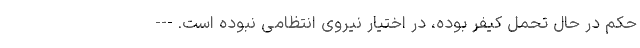
حکم در حال تحمل کیفر بوده، در اختیار نیروی انتظامی نبوده است. ---